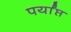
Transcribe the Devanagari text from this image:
पर्यांप्त